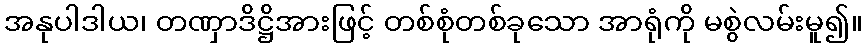
အနုပါဒါယ၊ တဏှာဒိဋ္ဌိအားဖြင့် တစ်စုံတစ်ခုသော အာရုံကို မစွဲလမ်းမူ၍။